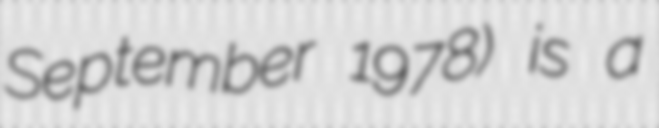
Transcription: September 1978) is a